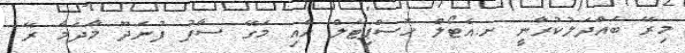
މިރޭ ބައްދަލުކުރާނީ ށ.އެޓޯލް ހޮސްޕިޓަލް އާއި މަގޭ ސާފު ފުނަދޫ މާދަމާ ރޭ